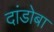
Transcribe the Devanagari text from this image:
दांडोबा